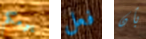
يومكم فعل بأن